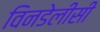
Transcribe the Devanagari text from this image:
विनडेलीसी